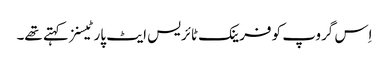
اِس گروپ کو فرینک ٹائریس ایٹ پارٹیسنز کہتے تھے۔